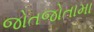
જોતજોતામા